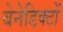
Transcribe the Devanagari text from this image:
बेनेडिक्टों